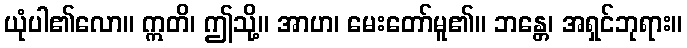
ယုံပါ၏လော။ ဣတိ၊ ဤသို့။ အာဟ၊ မေးတော်မူ၏။ ဘန္တေ၊ အရှင်ဘုရား။